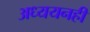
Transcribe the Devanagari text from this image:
अध्ययनही